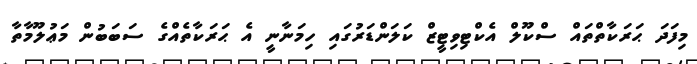
މިފަދަ ޙަރަކާތްތައް ސްކޫލް އެކްޓިވިޓީޒް ކަލަންޑަރުގައި ހިމަނާނީ އެ ޙަރަކާތެއްގެ ސަބަބުން މަޢުލޫމާތާ